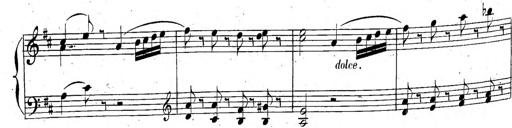
Title: 6 Sonatinen, Op.95
Composer: Ferdinand Hiller
Key: Various